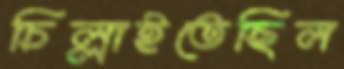
চিল্লাইতেছিল